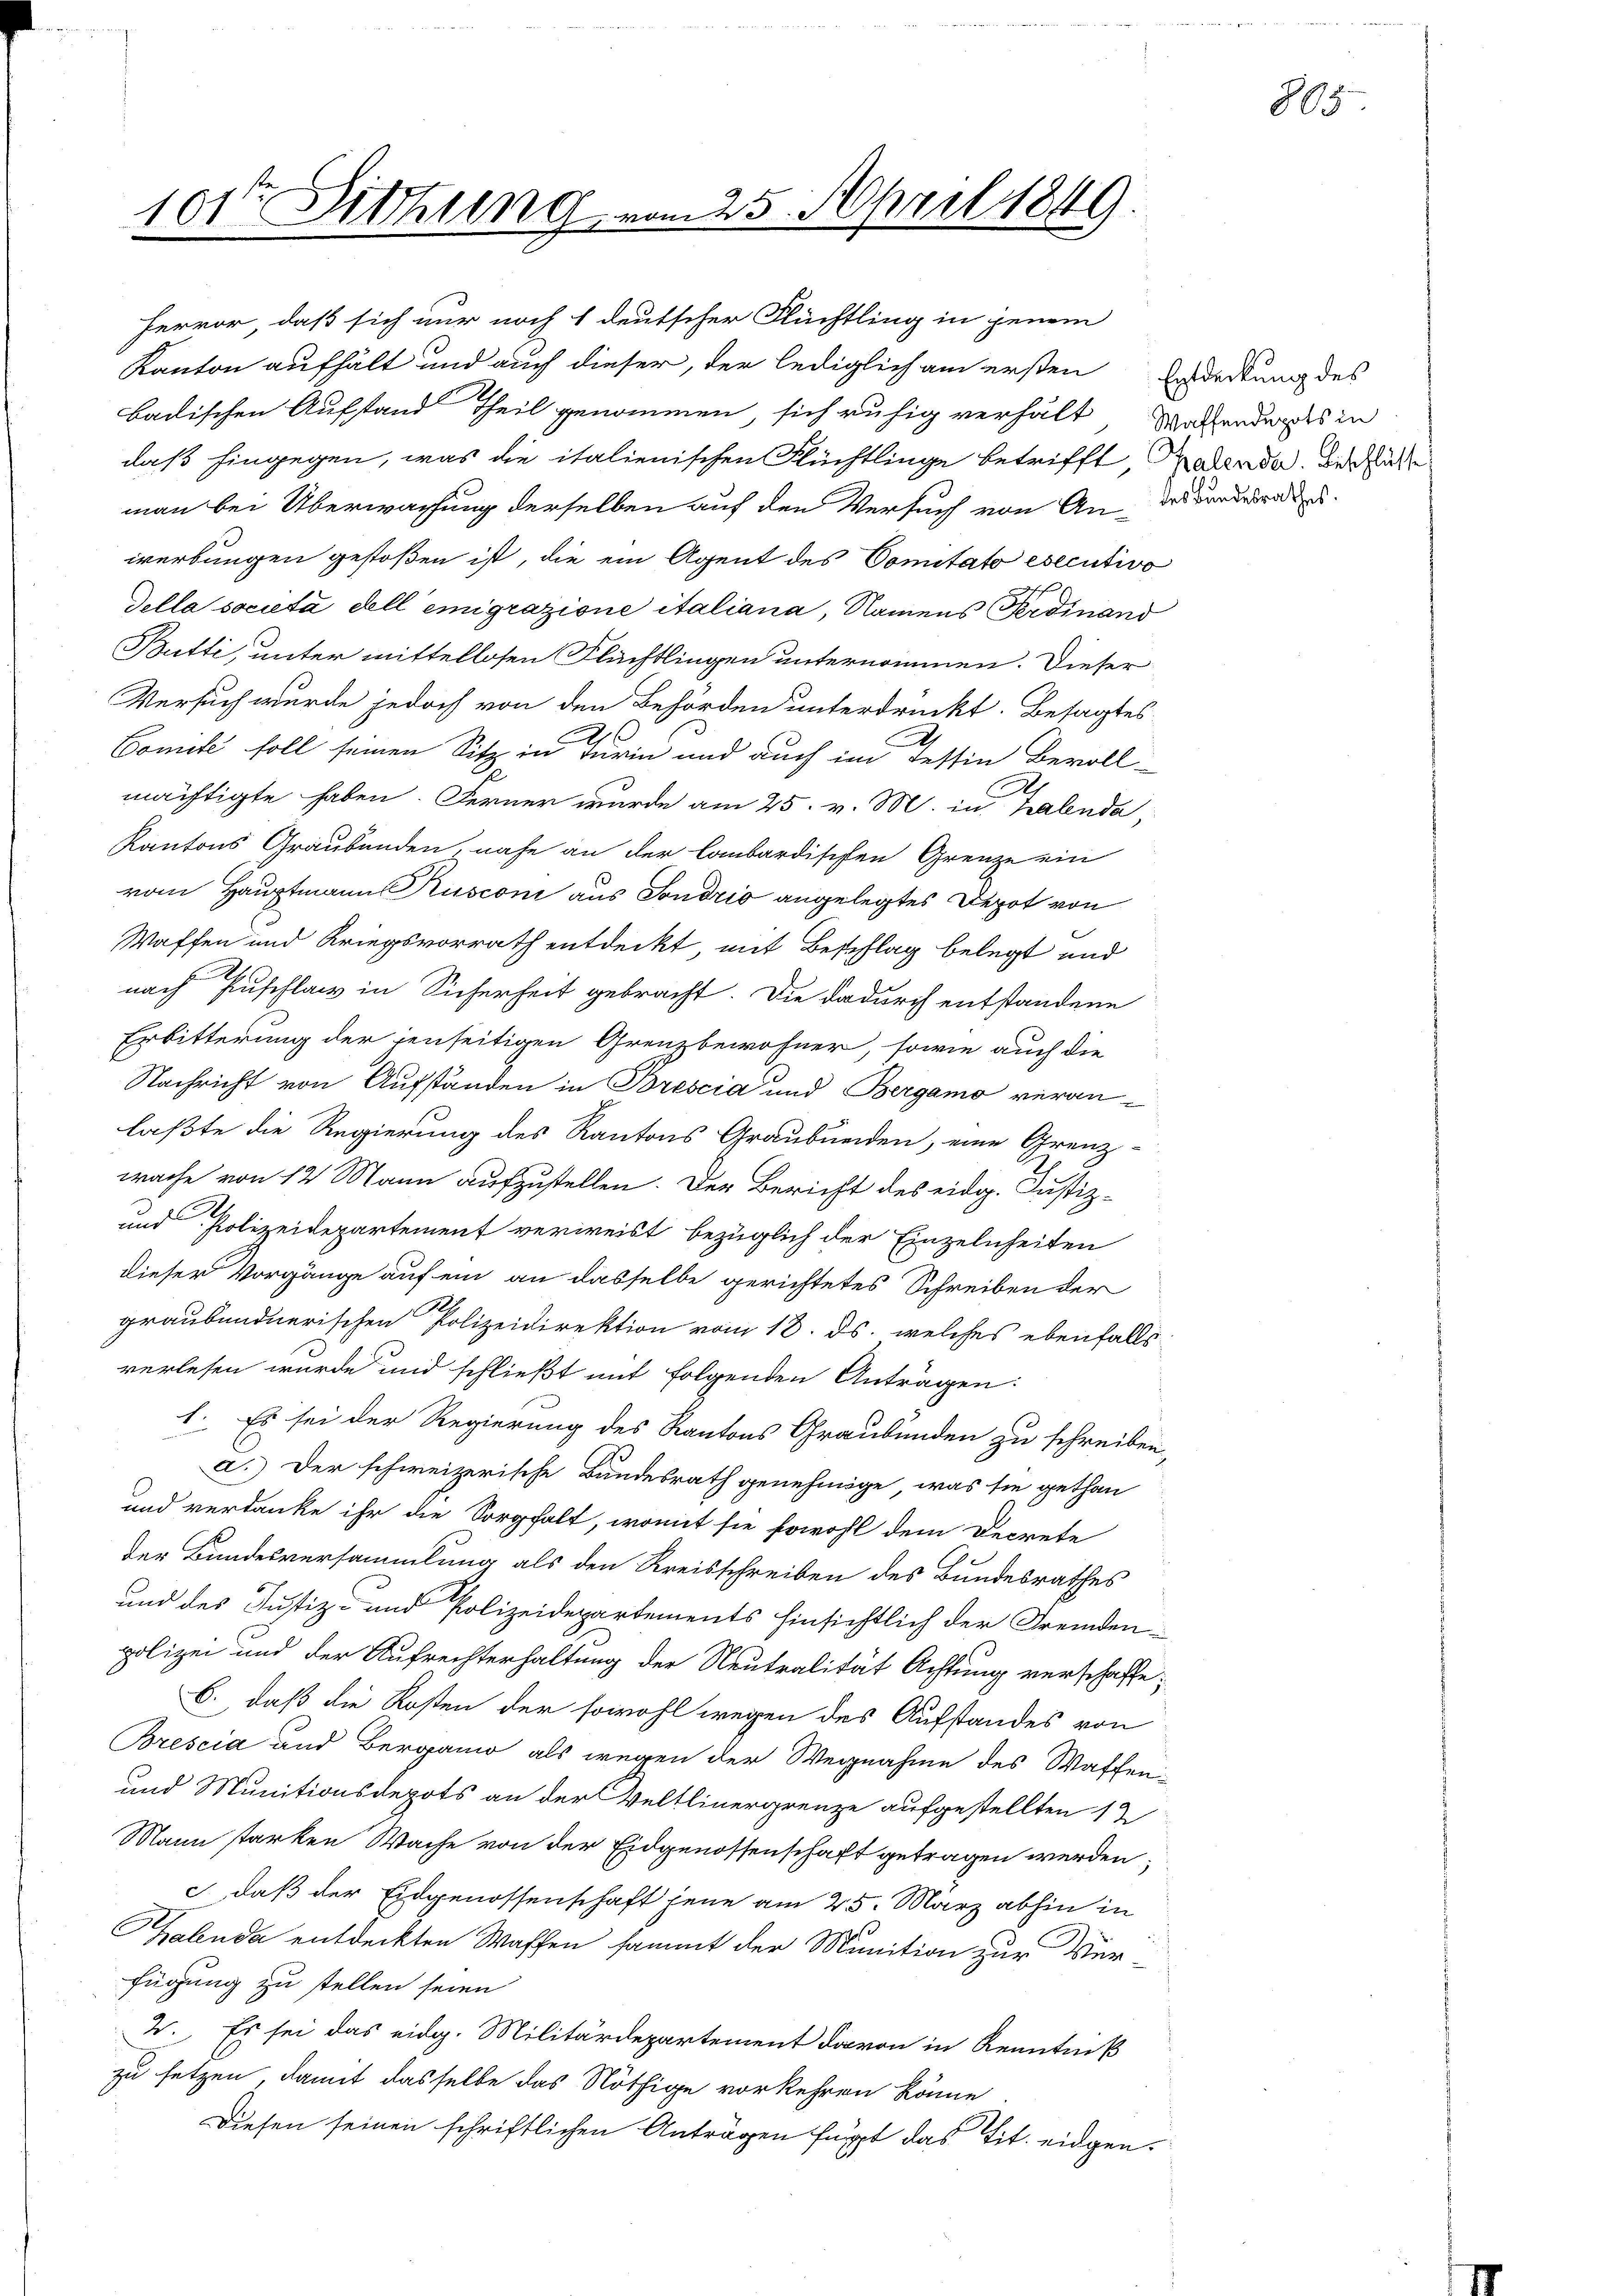
101te Sitzung vom 25. April 1849.

Hervor, daß sich nur noch 1 deutscher Flüchtling in jenem
Kanton aufhält und auch dieser, der lediglich am ersten Erdeckung des
badischen Aufstand Theil genommen, sich ruhig verhält Wochenderes in
daß hingegen, was die italienischen Flüchtlinge betrifft, Patenda. Beschlüsse
man bei Überwachung derselben auf den Versuch von Ander verabrede u.
werbungen gestoßen ist, die ein Agent des Comitato esecutivo
.
Tella società dell emigrazione italiana, Namens Ferdinand
Butti, unter mittellosen Flüchtlingen unternommen. Dieser
Versuch wurde jedoch von den Behörden unterdruckt. Besagtes
d
Comite soll seinen Sitz in Turin und auch im Tessin Bevoll-
mächtigte haben. Ferner wurde am 25. v. M. in Kalenda,
Kantons Graubünden, nahe an der lombardischen Grenze ein
vom Hauptmann Rusconi aus Sondrio angelegtes Depot von
Waffen und Kriegsvorrath entdeckt, mit Beschlag belegt und
nach Zuschlag in Sicherheit gebracht. Die dadurch entstandene
Erbitterung der jenseitigen Grenzbewohner, sowie auch die
Nachricht von Aufständen in Brescia und Bergamo veranlaßte die Regierung des Kantons Graubünden, eine Grenz-
wache von 12 Mann aufzustellen. Der Bericht des eidg. Justiz-
und Polizeidepartement verweist bezüglich der Einzelnheiten
dieser Vorgänge auf ein an dasselbe gerichtetes Schreiben der
graubündnerischen Polizeidirektion vom 18. ds. welches ebenfalls
verlesen wurde und schließt mit folgenden Anträgen.
1. Es sei der Regierung des Kantons Graubünden zu schreiben,
a.) Der schweizerische Bundesrath genehmige, was sie gethan
und verdanke ihr die Sorgfalt, womit sie sowohl dem Decrete
der Bundesversammlung als den Kreisschreiben des Bundesrathes
und des Justiz- und Polizeidepartements hinsichtlich der Fremdenpolizei und der Aufrechterhaltung der Neutralität Achtung verschaffe
6., daß die Kosten der sowohl wegen des Aufstandes von
Brescia und Bergamo als wegen der Wegnahme des Waffen
und Munitionsdepots an der Veltlinergrenze aufgestellten 12
Mann starken Wache von der Eidgenossenschaft getragen werden,
c daß der Eidgenossenschaft jene am 25. März abhin in
Kalenda entdeckten Waffen sammt der Munition zur Ver-
fügung zu stellen seien
W., Es sei das eidg. Militärdepartement davon in Kenntniß
zu setzen, damit dasselbe das Nöthige vorkehren könne.
Diesen seinen schriftlichen Anträgen fügt das Tit. eidgen.

805